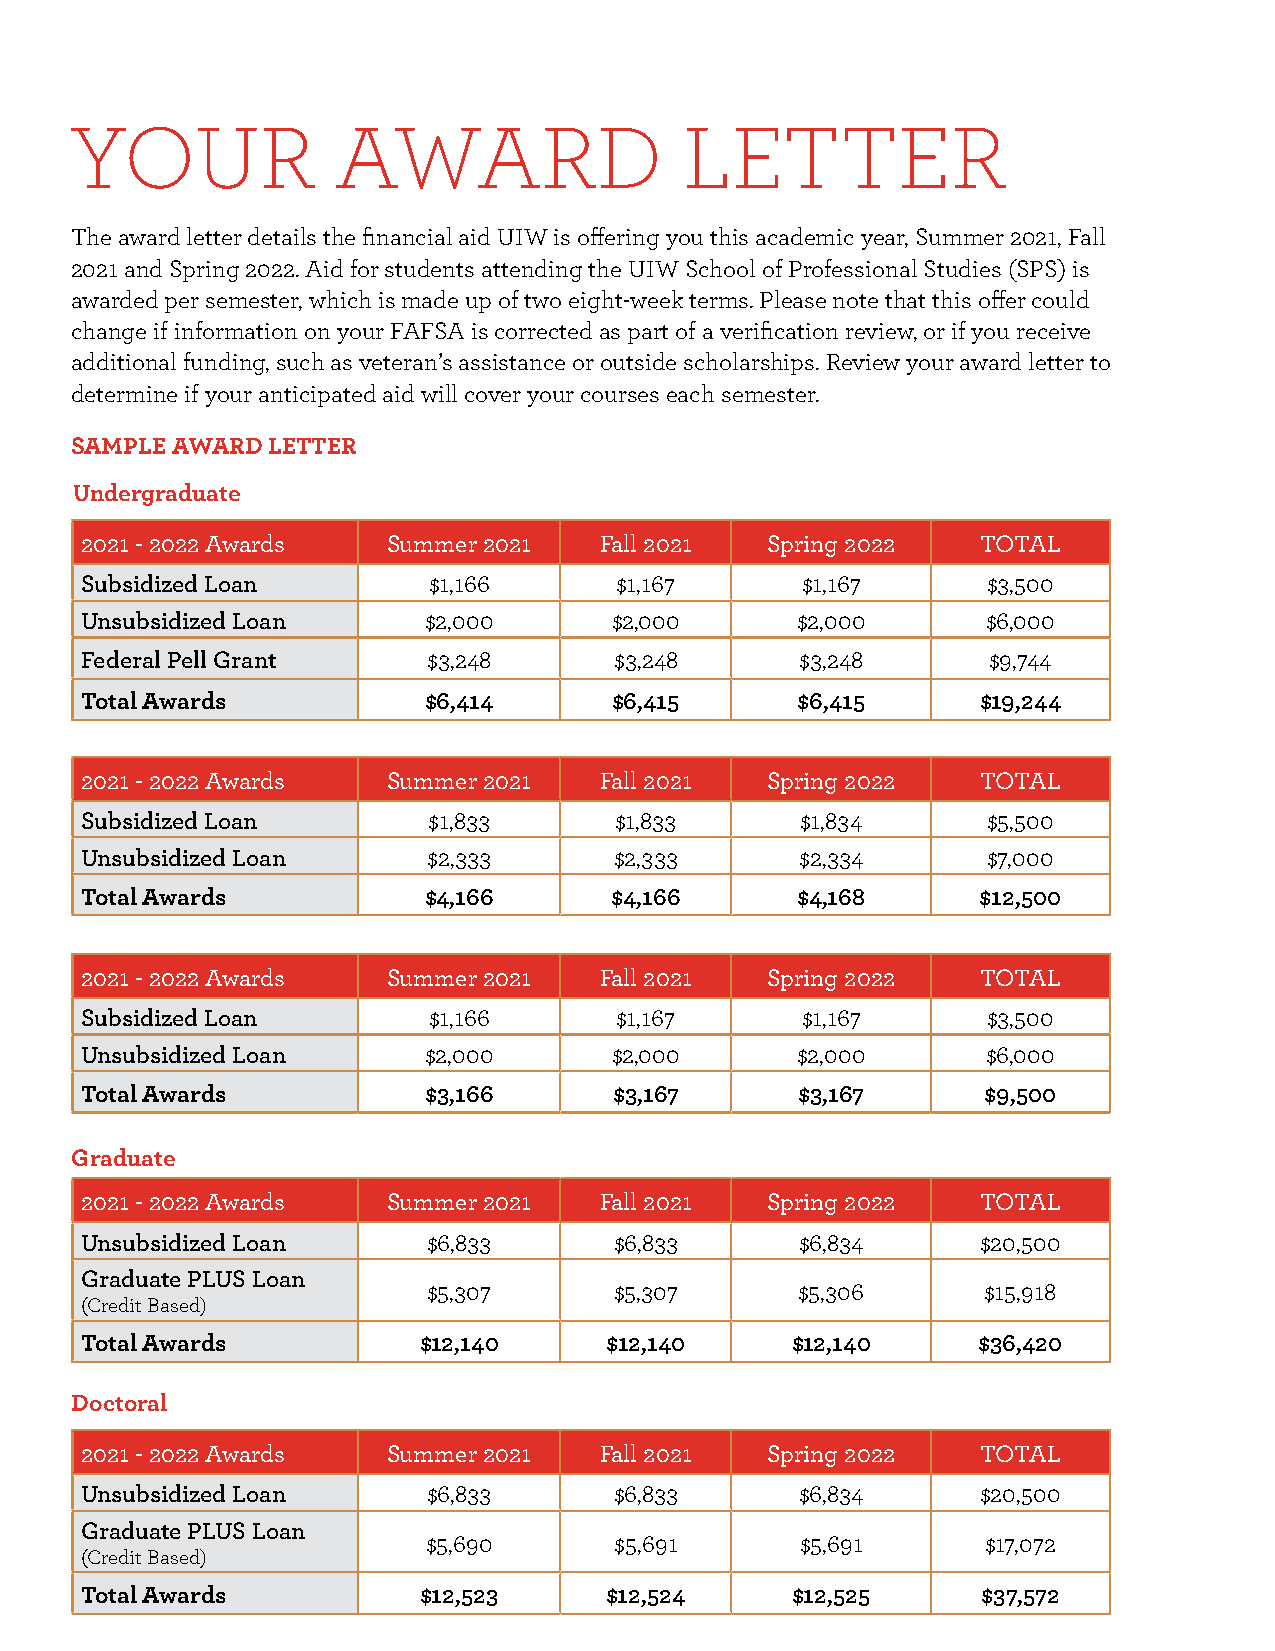
YOUR             AWARD                  LETTER
 The award letter details the financial aid UIW is offering you this academic year, Summer 2021, Fall
 2021 and Spring 2022. Aid for students attending the UIW School of Professional Studies (SPS) is
 awarded per semester, which is made up of two eight-week terms. Please note that this offer could
 change if information on your FAFSA is corrected as part of a verification review, or if you receive
 additional funding, such as veteran’s assistance or outside scholarships. Review your award letter to
 determine if your anticipated aid will cover your courses each semester.
 SAMPLE AWARD LETTER
 Undergraduate
 2021 - 2022 Awards   Summer 2021   Fall 2021  Spring 2022   TOTAL
 Subsidized Loan        $1,166       $1,167      $1,167      $3,500
 Unsubsidized Loan      $2,000       $2,000      $2,000      $6,000
 Federal Pell Grant     $3,248       $3,248      $3,248      $9,744
 Total Awards           $6,414       $6,415      $6,415      $19,244
 2021 - 2022 Awards   Summer 2021   Fall 2021  Spring 2022   TOTAL
 Subsidized Loan        $1,833       $1,833      $1,834      $5,500
 Unsubsidized Loan      $2,333       $2,333      $2,334      $7,000
 Total Awards           $4,166      $4,166       $4,168      $12,500
 2021 - 2022 Awards   Summer 2021   Fall 2021  Spring 2022   TOTAL
 Subsidized Loan        $1,166       $1,167      $1,167      $3,500
 Unsubsidized Loan      $2,000       $2,000      $2,000      $6,000
 Total Awards           $3,166       $3,167      $3,167      $9,500
 Graduate
 2021 - 2022 Awards   Summer 2021   Fall 2021  Spring 2022   TOTAL
 Unsubsidized Loan      $6,833       $6,833      $6,834      $20,500
 Graduate PLUS Loan
 $5,307       $5,307      $5,306      $15,918
 (Credit Based)
 Total Awards           $12,140     $12,140     $12,140      $36,420
 Doctoral
 2021 - 2022 Awards   Summer 2021   Fall 2021  Spring 2022   TOTAL
 Unsubsidized Loan      $6,833       $6,833      $6,834      $20,500
 Graduate PLUS Loan
 $5,690       $5,691      $5,691      $17,072
 (Credit Based)
 Total Awards           $12,523     $12,524     $12,525      $37,572